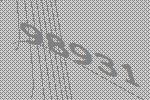
98931